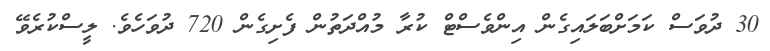
30 ދުވަސް ކަމަށްބަލައިގެން އިންވެސްޓް ކުރާ މުއްދަތުން ފެށިގެން 720 ދުވަހެވެ. ލީސްކުރެވޭ